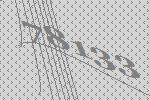
78133